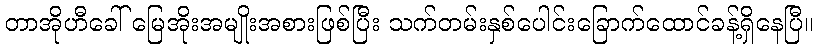
တာအိုဟီခေါ် မြေအိုးအမျိုးအစားဖြစ်ပြီး သက်တမ်းနှစ်ပေါင်းခြောက်ထောင်ခန့်ရှိနေပြီ။